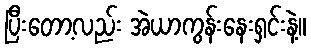
ပြီးတော့လည်း အဲယာကွန်းနေးရှင်းနဲ့။